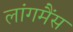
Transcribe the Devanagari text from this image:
लांगमैंस